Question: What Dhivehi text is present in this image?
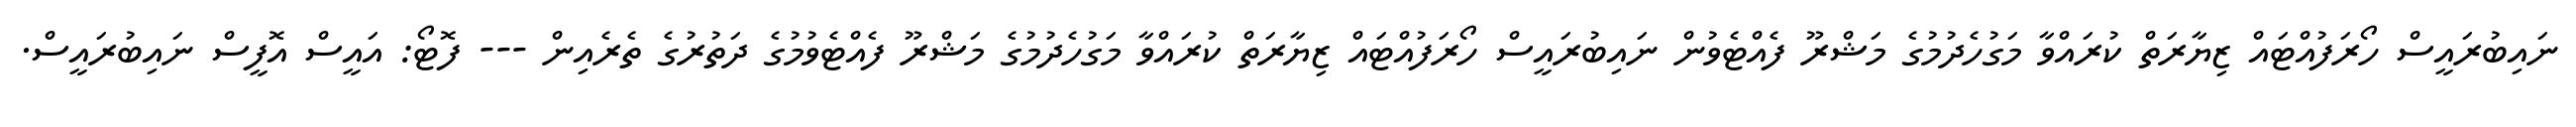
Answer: ނައިބުރައީސް ހޯރަފުއްޓައް ޒިޔާރަތް ކުރައްވާ މަގުހެދުމުގެ މަޝްރޫ ފެއްޓެވުން ނައިބުރައީސް ހޯރަފުއްޓައް ޒިޔާރަތް ކުރައްވާ މަގުހެދުމުގެ މަޝްރޫ ފެއްޓެވުމުގެ ދަތުރުގެ ތެރެއިން --- ފޮޓޯ: އައީސް އޮފީސް ނައިބުރައީސް.